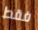
فقط